Eesti_Vabariigi_Tartu_Ulikool, lk 89
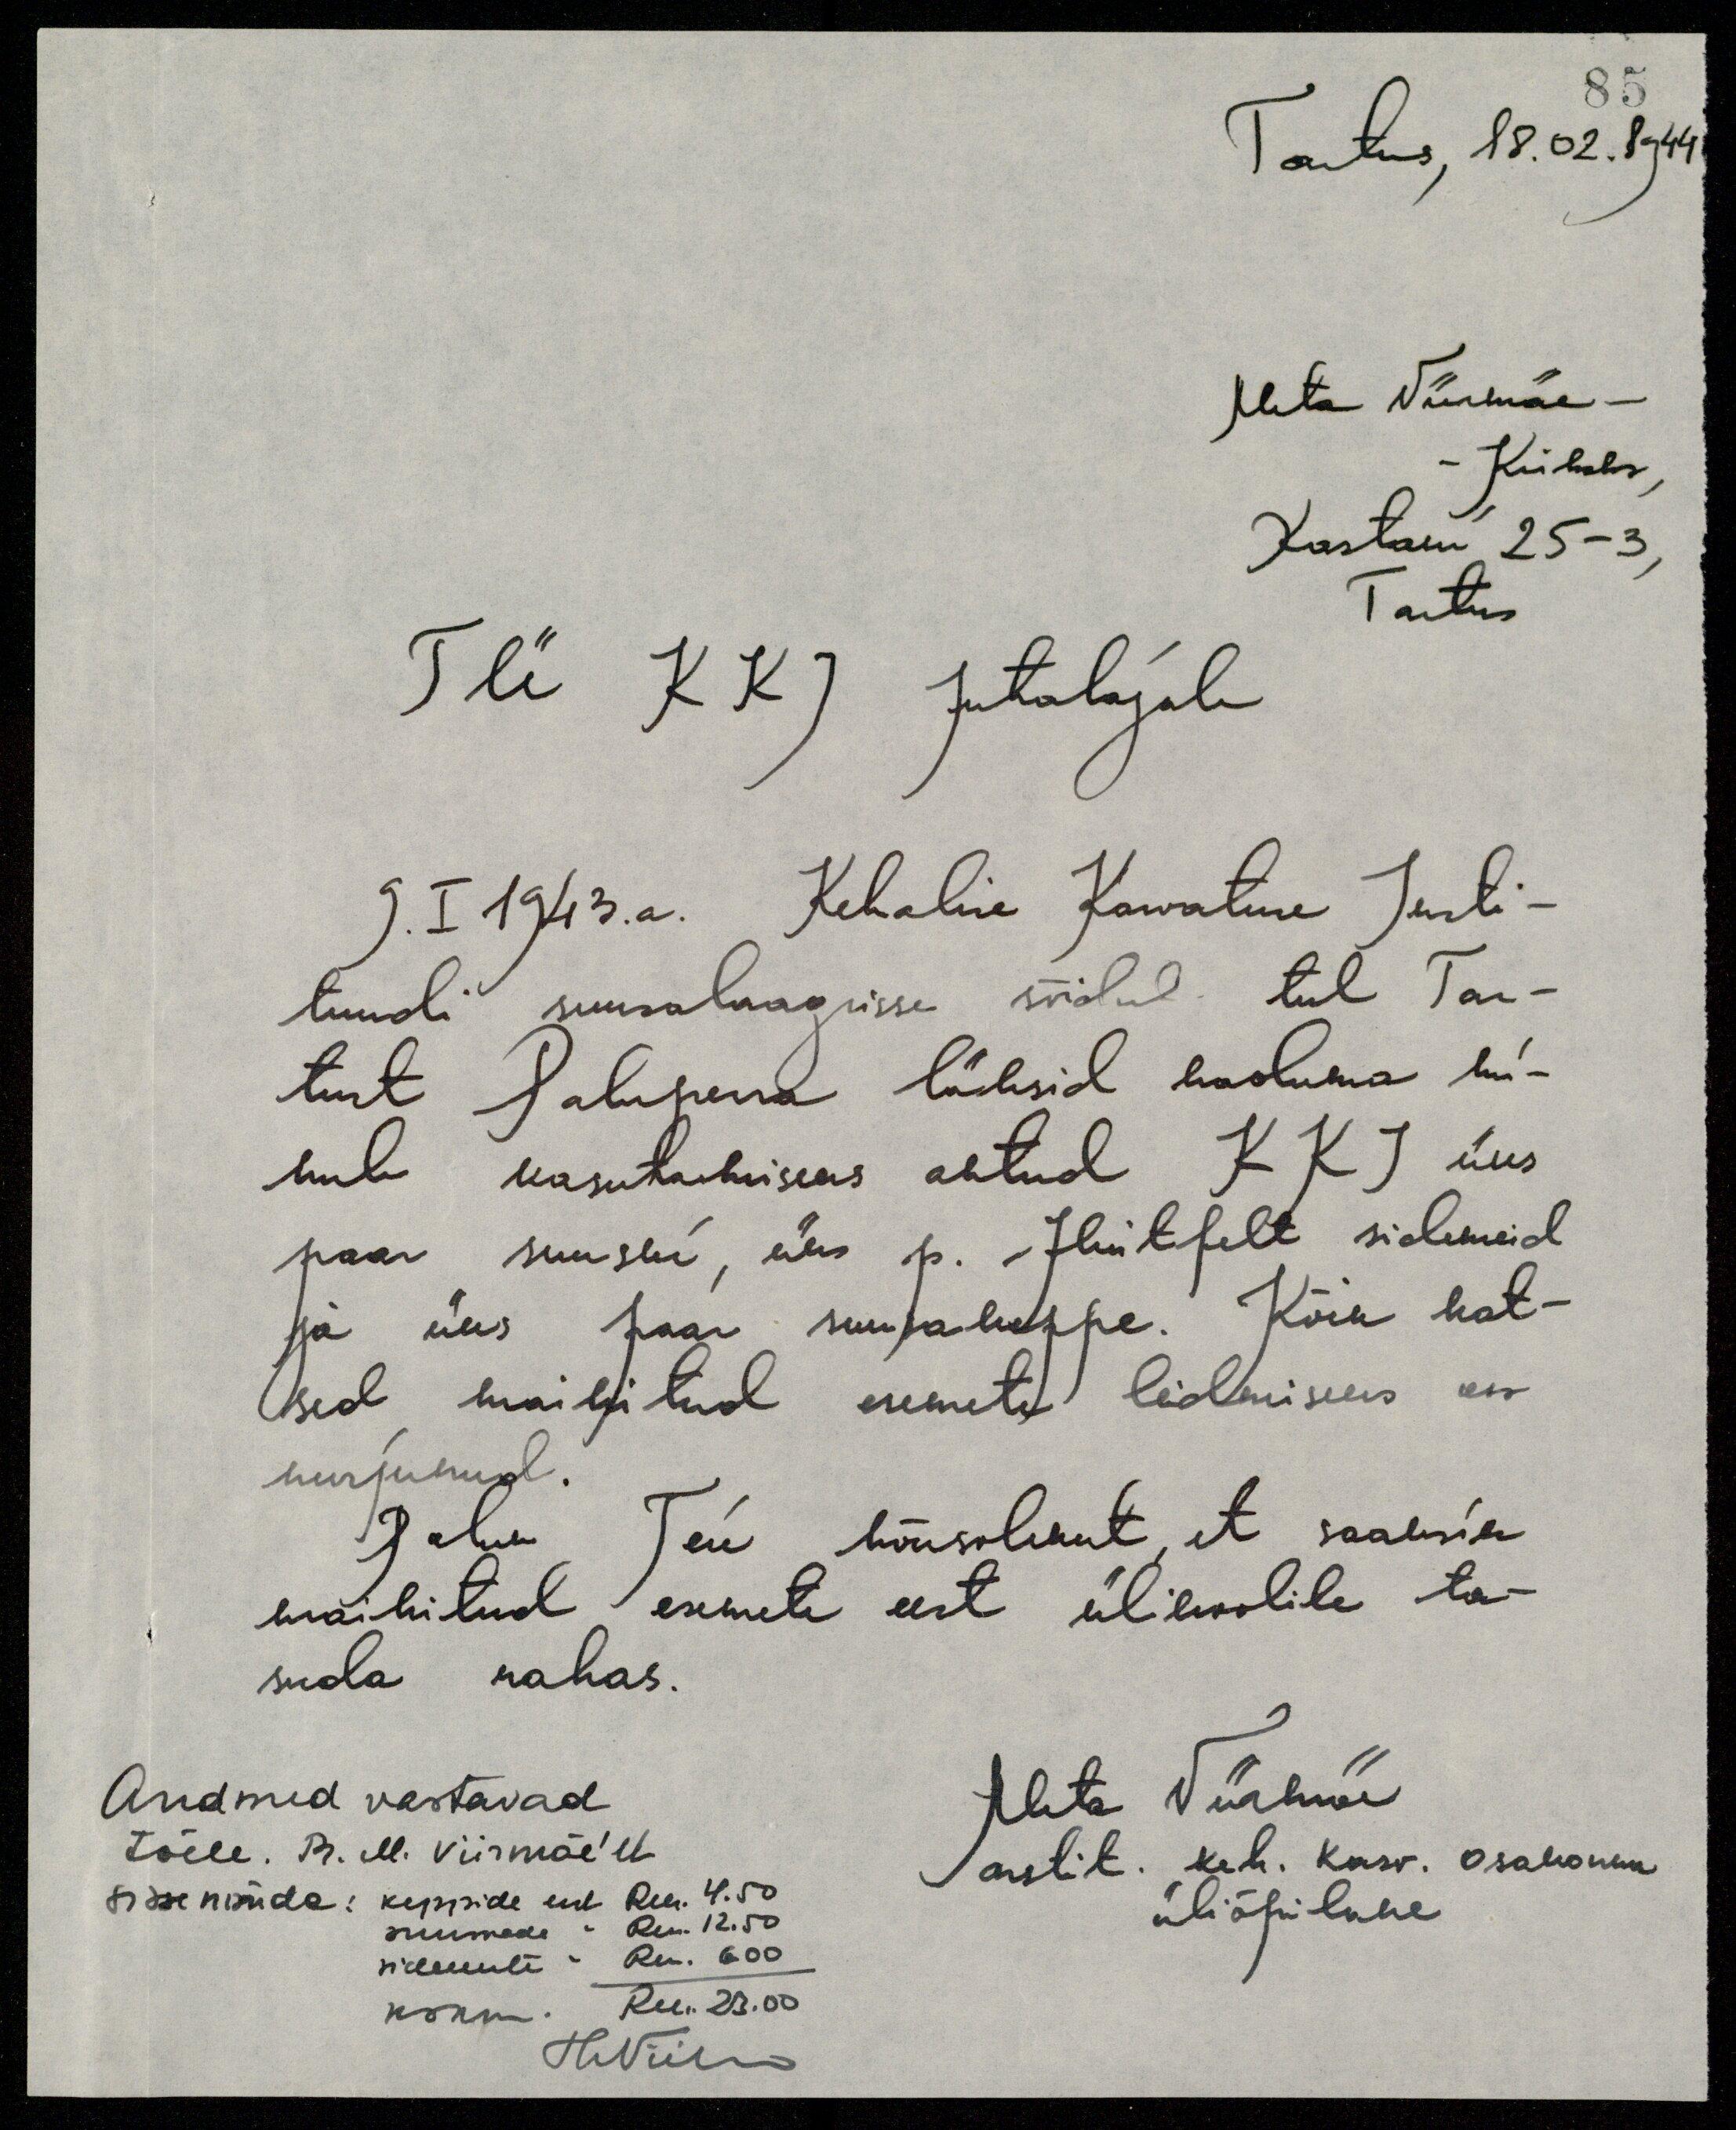
Tartus, 18. 02. 1944
Meta Viirmäe -
- Kiibaks
Kastani 25-3,
Tartus
TÜ KKJ Juhatajale
9. I 1943.a. Kehalise Kasvatuse Insti-
tuudi suusalaagrisse sõidul teel Tar-
tust Paluperra läksid kaduma mi-
nule kasutamiseks antud KKJ üks
paar suuski, üks p. - Hintfelt sidemeid
ja üks paar suusakeppe. Kõik kat-
sed mainitud esemete lendmiseks on
nurjunud.
Palun Teie nõusolekut, et saaksin
maihitud esemete eest ülikoolile ta-
suda rahas.
Andmed vastavad
tõele. Pr. M. Viirmäe'lt
sisse nõuda: keppide eest Rm. 4.50
suuskade                        "     Rm. 12.50
sidemete                         "      Rm.   6.00
Kokku.                                     Rm. 23.00
Meta Viirmäe
arstit. keh. kasv. osakonna
üliõpilane
HViirmäe